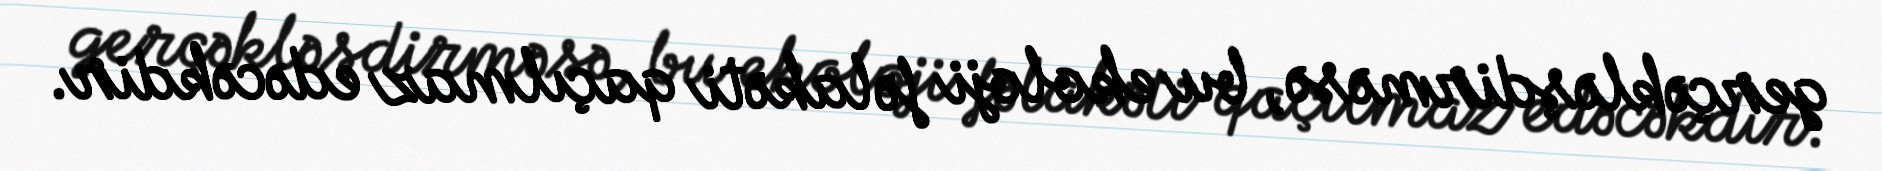
gerçəkləşdirməsə, bu ekoloji fəlakəti qaçılmaz edəcəkdir.